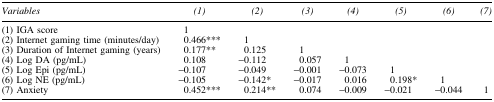
<table><thead><tr><td><b><i>Variables</i></b></td><td><b><i>(1)</i></b></td><td><b><i>(2)</i></b></td><td><b><i>(3)</i></b></td><td><b><i>(4)</i></b></td><td><b><i>(5)</i></b></td><td><b><i>(6)</i></b></td><td><b><i>(7)</i></b></td></tr></thead><tbody><tr><td>(1) IGA score</td><td>1</td><td> </td><td> </td><td> </td><td> </td><td> </td><td> </td></tr><tr><td>(2) Internet gaming time (minutes/day)</td><td>0.466<sup>***</sup></td><td>1</td><td> </td><td> </td><td> </td><td> </td><td> </td></tr><tr><td>(3) Duration of Internet gaming (years)</td><td>0.177<sup>**</sup></td><td>0.125</td><td>1</td><td> </td><td> </td><td> </td><td> </td></tr><tr><td>(4) Log DA (pg/mL)</td><td>0.108</td><td>−0.112</td><td>0.057</td><td>1</td><td> </td><td> </td><td> </td></tr><tr><td>(5) Log Epi (pg/mL)</td><td>−0.107</td><td>−0.049</td><td>−0.001</td><td>−0.073</td><td>1</td><td> </td><td> </td></tr><tr><td>(6) Log NE (pg/mL)</td><td>−0.105</td><td>−0.142<sup>*</sup></td><td>−0.017</td><td>0.016</td><td>0.198<sup>*</sup></td><td>1</td><td> </td></tr><tr><td>(7) Anxiety</td><td>0.452<sup>***</sup></td><td>0.214<sup>**</sup></td><td>0.074</td><td>−0.009</td><td>−0.021</td><td>−0.044</td><td>1</td></tr></tbody></table>